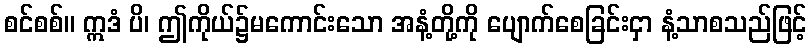
စင်စစ်။ ဣဒံ ပိ၊ ဤကိုယ်၌မကောင်းသော အနံ့တို့ကို ပျောက်စေခြင်းငှာ နံ့သာစသည်ဖြင့်